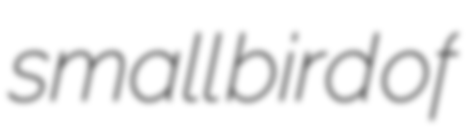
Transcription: small bird of